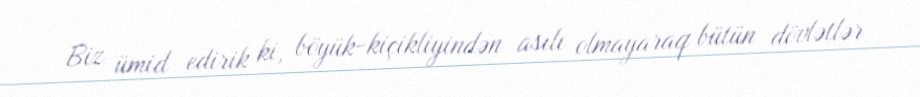
Biz ümid edirik ki, böyük-kiçikliyindən asılı olmayaraq bütün dövlətlər